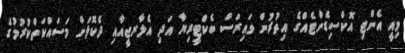
މިއީ އެންޓި އޮކްސިޑެންޓެއްގެ އިތުރުން ވައިރަސް ބެކްޓީރިޔާ އަދި އެލާރޖީއާއި ދެކޮޅަށް މަސައްކަތްކުރުމުގެ